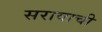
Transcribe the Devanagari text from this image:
सरावाची